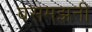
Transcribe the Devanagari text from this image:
बसमझनी